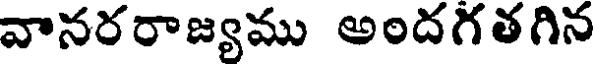
వానరరాజ్యము అందగతగిన